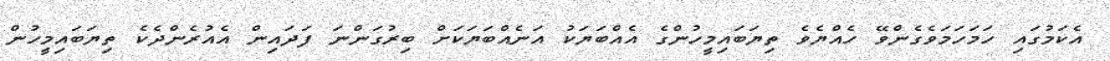
އެކަމުގައި ހަމަހަމަވެގެންވޭ ހެއްޔެވެ ތިޔަބައިމީހުންގެ އެއްބަޔަކު އަނެއްބަޔަކަށް ބިރުގަންނަ ފަދައިން އެއުރެންދެކެ ތިޔަބައިމީހުން